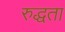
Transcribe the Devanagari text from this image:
रुद्धता